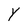
Character: Y